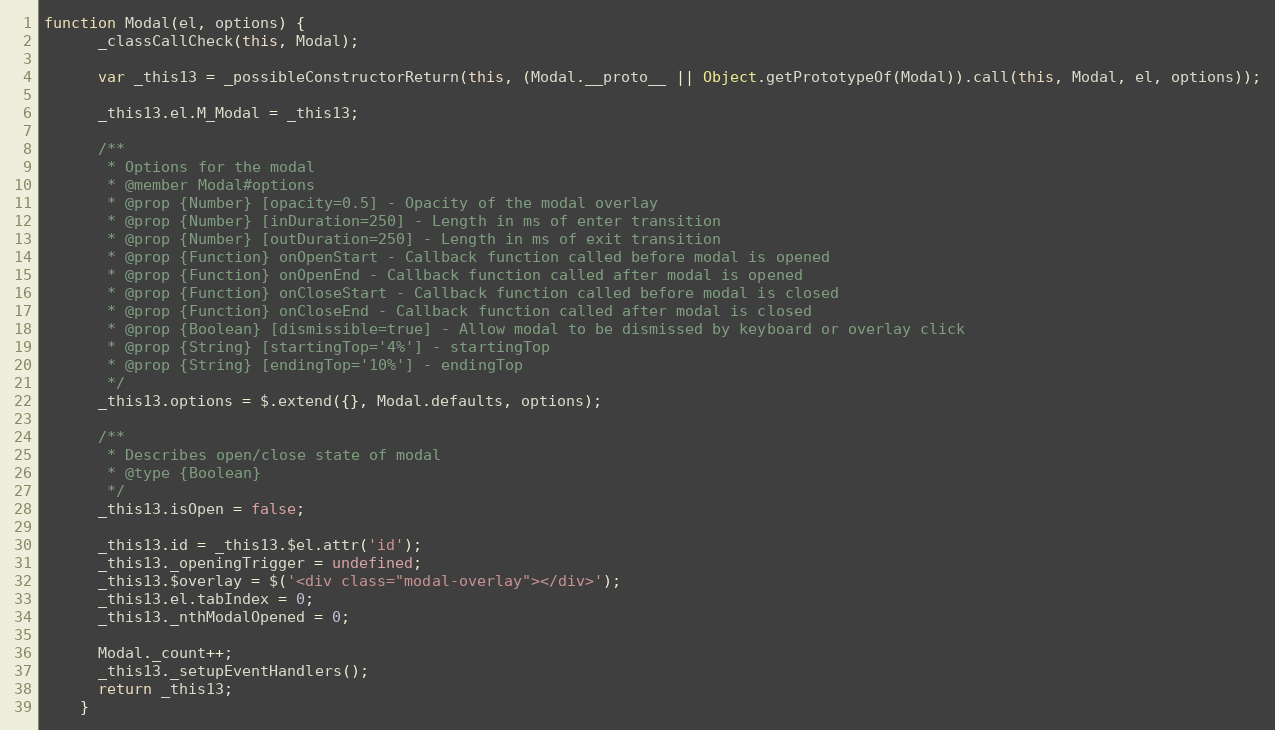
Language: JavaScript
function Modal(el, options) {
      _classCallCheck(this, Modal);

      var _this13 = _possibleConstructorReturn(this, (Modal.__proto__ || Object.getPrototypeOf(Modal)).call(this, Modal, el, options));

      _this13.el.M_Modal = _this13;

      /**
       * Options for the modal
       * @member Modal#options
       * @prop {Number} [opacity=0.5] - Opacity of the modal overlay
       * @prop {Number} [inDuration=250] - Length in ms of enter transition
       * @prop {Number} [outDuration=250] - Length in ms of exit transition
       * @prop {Function} onOpenStart - Callback function called before modal is opened
       * @prop {Function} onOpenEnd - Callback function called after modal is opened
       * @prop {Function} onCloseStart - Callback function called before modal is closed
       * @prop {Function} onCloseEnd - Callback function called after modal is closed
       * @prop {Boolean} [dismissible=true] - Allow modal to be dismissed by keyboard or overlay click
       * @prop {String} [startingTop='4%'] - startingTop
       * @prop {String} [endingTop='10%'] - endingTop
       */
      _this13.options = $.extend({}, Modal.defaults, options);

      /**
       * Describes open/close state of modal
       * @type {Boolean}
       */
      _this13.isOpen = false;

      _this13.id = _this13.$el.attr('id');
      _this13._openingTrigger = undefined;
      _this13.$overlay = $('<div class="modal-overlay"></div>');
      _this13.el.tabIndex = 0;
      _this13._nthModalOpened = 0;

      Modal._count++;
      _this13._setupEventHandlers();
      return _this13;
    }